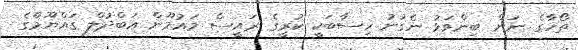
ތޯހާގެ ނަން ބިންވަޅު ނެގުނު ހިސާބަކީ ކުރީގެ ރައީސް މައުމޫން އަބްދުލް ގައްޔޫމްގެ